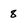
Character: 8